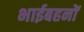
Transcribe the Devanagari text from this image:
भाईबहनों